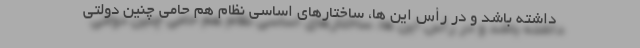
داشته باشد و در رأس این ها، ساختارهای اساسی نظام هم حامی چنین دولتی